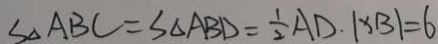
S _ { \Delta A B C } = S _ { \Delta A B D } = \frac { 1 } { 2 } A D \cdot \vert x B \vert = 6